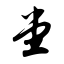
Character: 堂